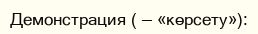
Демонстрация ( — «көрсету»):